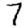
Digit: 7